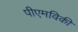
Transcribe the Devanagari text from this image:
पीएमविकी